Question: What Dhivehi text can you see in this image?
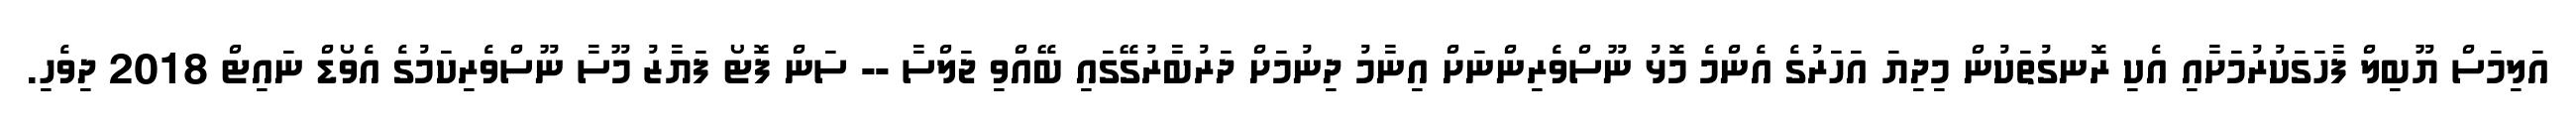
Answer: އަލިމަސް ޔޫބިލް ފާހަގަކުރުމަށާއި އެކި ރޮނގުތަކުން މިދިޔަ އަހަރުގެ އެންމެ މޮޅު ނޫސްވެރިންނަށް އިނާމު ދިނުމަށް ދަރުބާރުގޭގައި ބޭއްވި ޖަލްސާ -- ސަން ފޮޓޯ ފަޔާޒު މޫސާ ނޫސްވެރިކަމުގެ އެވޯޑް ނައިޓް 2018 ދިވެހި.